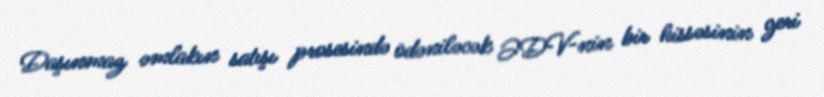
Daşınmaz əmlakın satışı prosesində ödəniləcək ƏDV-nin bir hissəsinin geri